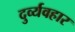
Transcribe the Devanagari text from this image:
दुर्व्‍यवहार